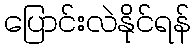
ပြောင်းလဲနိုင်ရန်